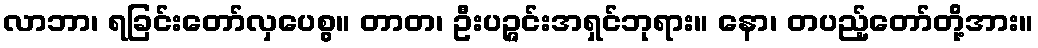
လာဘာ၊ ရခြင်းတော်လှပေစွ။ တာတ၊ ဦးပဉ္ဇင်းအရှင်ဘုရား။ နော၊ တပည့်တော်တို့အား။